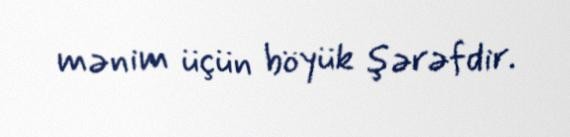
mənim üçün böyük şərəfdir.